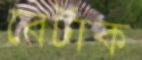
বের্টাক